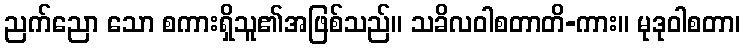
ညက်ညော သော စကားရှိသူ၏အဖြစ်သည်။ သခိလဝါစတာတိ-ကား။ မုဒုဝါစတာ၊